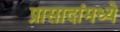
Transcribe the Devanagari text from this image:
प्रासादांमध्ये